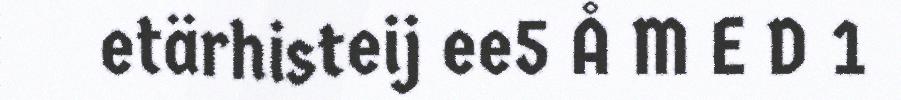
etärhisteij ee5 Å M E D 1